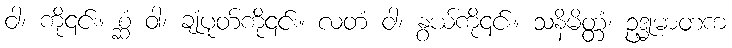
ဝါ၊ ကို၎င်း။ စ္ဆံ ဝါ၊ ချုံပုတ်ကို၎င်း။ လတံ ဝါ၊ နွယ်ကို၎င်း။ သနိမိတ္တံ၊ ဥဒ္ဓုမာတက